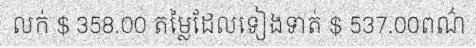
លក់ $ 358.00 តម្លៃដែលទៀងទាត់ $ 537.00ពណ៌